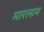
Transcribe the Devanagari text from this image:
मारलाम